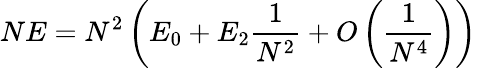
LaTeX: NE=N^{2}\left(E_{0}+E_{2}\frac{1}{N^{2}}+O\left(\frac{1}{N^{4}}\right)\right)